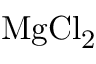
\mathrm { M g C l _ { 2 } }